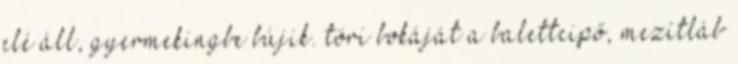
elé áll, gyermekingbe bújik. töri bokáját a balettcipő, mezítláb